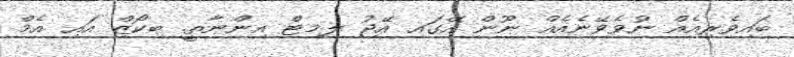
ބައިވެރިއެއް ނުވެވޭނެއެއް ނޫން އޭގައި އޭޖު ލިމިޓް އިންނާތީ. ބިކޯޒް އައި އެމް